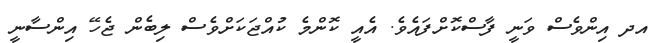
އދ އިންވެސް ވަނީ ފާސްކޮށްފައެވެ. އެއީ ކޮންމެ ކުއްޖަކަށްވެސް ލިބެން ޖެހޭ އިންސާނީ